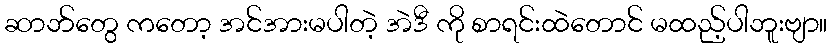
ဆာဘ်တွေ ကတော့ အင်အားမပါတဲ့ အဲဒီ ကို စာရင်းထဲတောင် မထည့်ပါဘူးဗျာ။